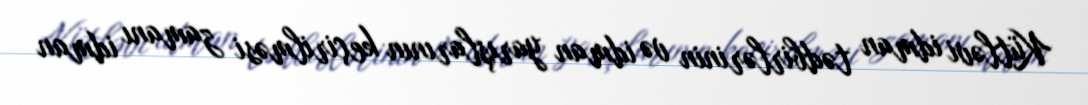
Kütləvi idman tədbirlərinin və idman yarışlarının keçirilməsi zamanı idman